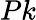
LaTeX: Pk